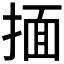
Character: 𰔆